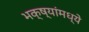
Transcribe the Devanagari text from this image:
भक्ष्यांमध्ये